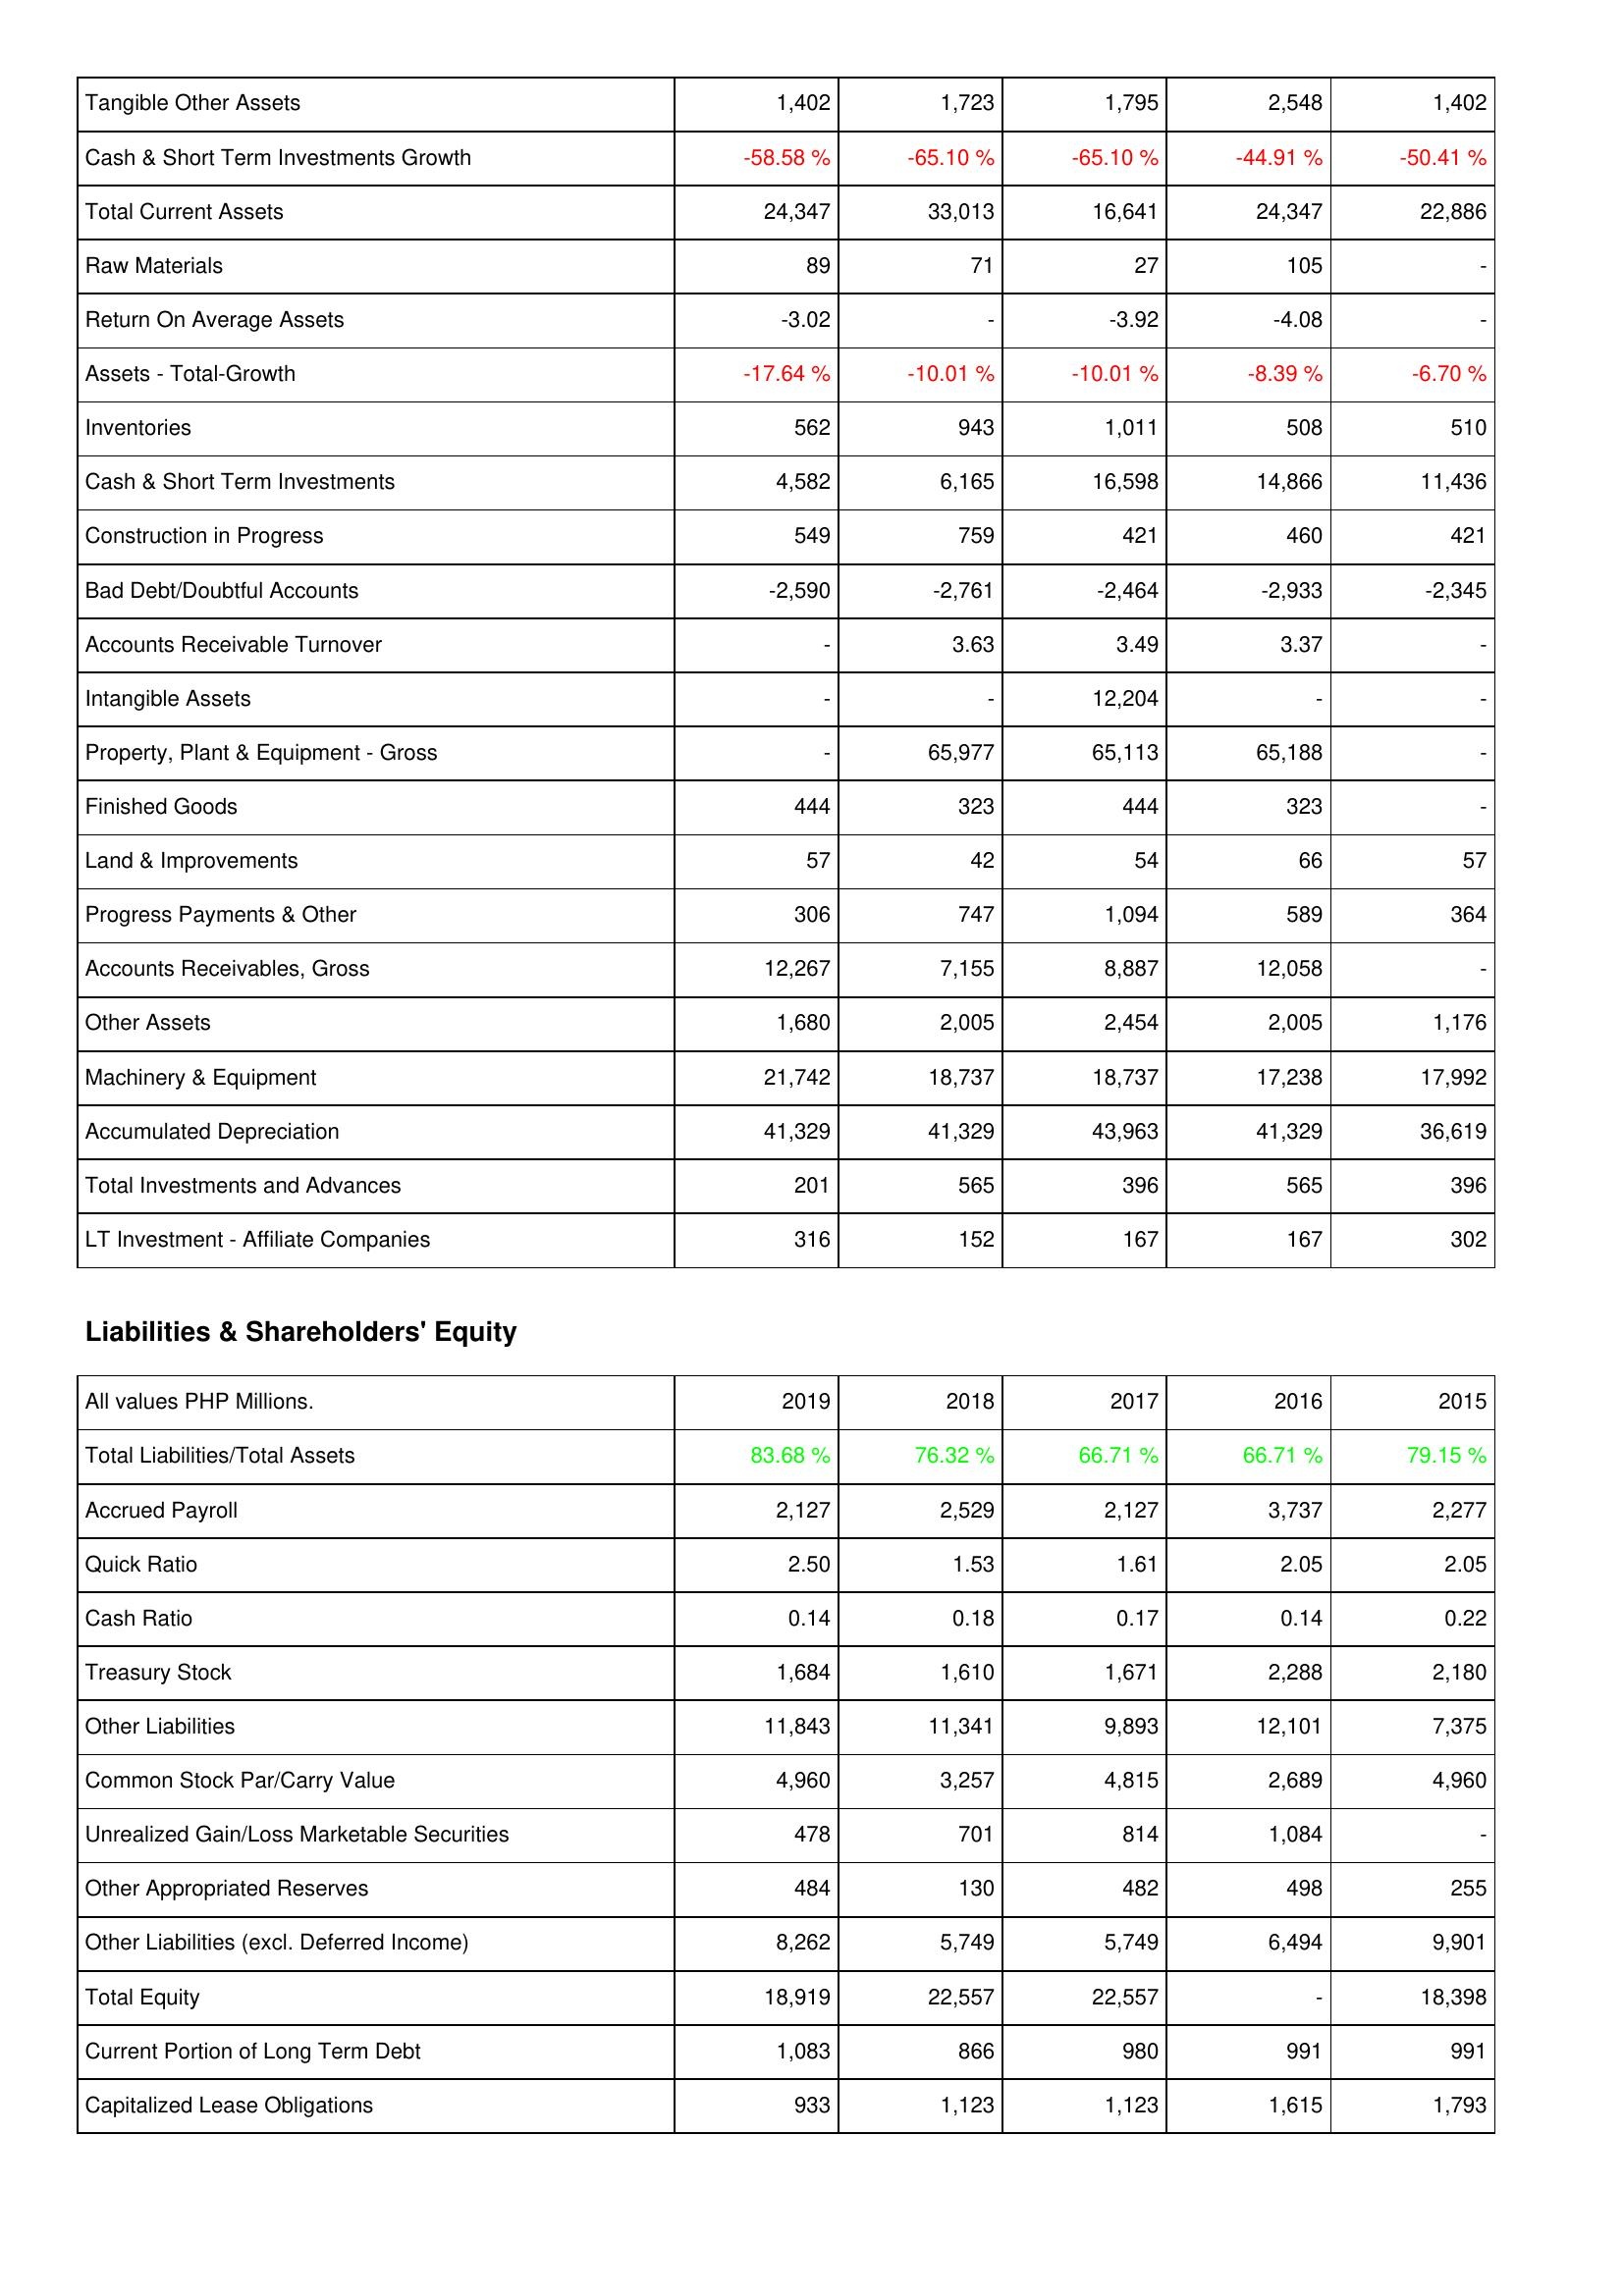
2019: Assets: Tangible Other Assets: 1,402
Cash & Short Term Investments Growth: -58.58 %
Total Current Assets: 24,347
Raw Materials: 89
Return On Average Assets: -3.02
Assets - Total-Growth: -17.64 %
Inventories: 562
Cash & Short Term Investments: 4,582
Construction in Progress: 549
Bad Debt/Doubtful Accounts: -2,590
Accounts Receivable Turnover: -
Intangible Assets: -
Property, Plant & Equipment - Gross: -
Finished Goods: 444
Land & Improvements: 57
Progress Payments & Other: 306
Accounts Receivables, Gross: 12,267
Other Assets: 1,680
Machinery & Equipment: 21,742
Accumulated Depreciation: 41,329
Total Investments and Advances: 201
LT Investment - Affiliate Companies: 316
Liabilities & Shareholders' Equity: Total Liabilities/Total Assets: 83.68 %
Accrued Payroll: 2,127
Quick Ratio: 2.50
Cash Ratio: 0.14
Treasury Stock: 1,684
Other Liabilities: 11,843
Common Stock Par/Carry Value: 4,960
Unrealized Gain/Loss Marketable Securities: 478
Other Appropriated Reserves: 484
Other Liabilities (excl. Deferred Income): 8,262
Total Equity: 18,919
Current Portion of Long Term Debt: 1,083
Capitalized Lease Obligations: 933
2018: Assets: Tangible Other Assets: 1,723
Cash & Short Term Investments Growth: -65.10 %
Total Current Assets: 33,013
Raw Materials: 71
Return On Average Assets: -
Assets - Total-Growth: -10.01 %
Inventories: 943
Cash & Short Term Investments: 6,165
Construction in Progress: 759
Bad Debt/Doubtful Accounts: -2,761
Accounts Receivable Turnover: 3.63
Intangible Assets: -
Property, Plant & Equipment - Gross: 65,977
Finished Goods: 323
Land & Improvements: 42
Progress Payments & Other: 747
Accounts Receivables, Gross: 7,155
Other Assets: 2,005
Machinery & Equipment: 18,737
Accumulated Depreciation: 41,329
Total Investments and Advances: 565
LT Investment - Affiliate Companies: 152
Liabilities & Shareholders' Equity: Total Liabilities/Total Assets: 76.32 %
Accrued Payroll: 2,529
Quick Ratio: 1.53
Cash Ratio: 0.18
Treasury Stock: 1,610
Other Liabilities: 11,341
Common Stock Par/Carry Value: 3,257
Unrealized Gain/Loss Marketable Securities: 701
Other Appropriated Reserves: 130
Other Liabilities (excl. Deferred Income): 5,749
Total Equity: 22,557
Current Portion of Long Term Debt: 866
Capitalized Lease Obligations: 1,123
2017: Assets: Tangible Other Assets: 1,795
Cash & Short Term Investments Growth: -65.10 %
Total Current Assets: 16,641
Raw Materials: 27
Return On Average Assets: -3.92
Assets - Total-Growth: -10.01 %
Inventories: 1,011
Cash & Short Term Investments: 16,598
Construction in Progress: 421
Bad Debt/Doubtful Accounts: -2,464
Accounts Receivable Turnover: 3.49
Intangible Assets: 12,204
Property, Plant & Equipment - Gross: 65,113
Finished Goods: 444
Land & Improvements: 54
Progress Payments & Other: 1,094
Accounts Receivables, Gross: 8,887
Other Assets: 2,454
Machinery & Equipment: 18,737
Accumulated Depreciation: 43,963
Total Investments and Advances: 396
LT Investment - Affiliate Companies: 167
Liabilities & Shareholders' Equity: Total Liabilities/Total Assets: 66.71 %
Accrued Payroll: 2,127
Quick Ratio: 1.61
Cash Ratio: 0.17
Treasury Stock: 1,671
Other Liabilities: 9,893
Common Stock Par/Carry Value: 4,815
Unrealized Gain/Loss Marketable Securities: 814
Other Appropriated Reserves: 482
Other Liabilities (excl. Deferred Income): 5,749
Total Equity: 22,557
Current Portion of Long Term Debt: 980
Capitalized Lease Obligations: 1,123
2016: Assets: Tangible Other Assets: 2,548
Cash & Short Term Investments Growth: -44.91 %
Total Current Assets: 24,347
Raw Materials: 105
Return On Average Assets: -4.08
Assets - Total-Growth: -8.39 %
Inventories: 508
Cash & Short Term Investments: 14,866
Construction in Progress: 460
Bad Debt/Doubtful Accounts: -2,933
Accounts Receivable Turnover: 3.37
Intangible Assets: -
Property, Plant & Equipment - Gross: 65,188
Finished Goods: 323
Land & Improvements: 66
Progress Payments & Other: 589
Accounts Receivables, Gross: 12,058
Other Assets: 2,005
Machinery & Equipment: 17,238
Accumulated Depreciation: 41,329
Total Investments and Advances: 565
LT Investment - Affiliate Companies: 167
Liabilities & Shareholders' Equity: Total Liabilities/Total Assets: 66.71 %
Accrued Payroll: 3,737
Quick Ratio: 2.05
Cash Ratio: 0.14
Treasury Stock: 2,288
Other Liabilities: 12,101
Common Stock Par/Carry Value: 2,689
Unrealized Gain/Loss Marketable Securities: 1,084
Other Appropriated Reserves: 498
Other Liabilities (excl. Deferred Income): 6,494
Total Equity: -
Current Portion of Long Term Debt: 991
Capitalized Lease Obligations: 1,615
2015: Assets: Tangible Other Assets: 1,402
Cash & Short Term Investments Growth: -50.41 %
Total Current Assets: 22,886
Raw Materials: -
Return On Average Assets: -
Assets - Total-Growth: -6.70 %
Inventories: 510
Cash & Short Term Investments: 11,436
Construction in Progress: 421
Bad Debt/Doubtful Accounts: -2,345
Accounts Receivable Turnover: -
Intangible Assets: -
Property, Plant & Equipment - Gross: -
Finished Goods: -
Land & Improvements: 57
Progress Payments & Other: 364
Accounts Receivables, Gross: -
Other Assets: 1,176
Machinery & Equipment: 17,992
Accumulated Depreciation: 36,619
Total Investments and Advances: 396
LT Investment - Affiliate Companies: 302
Liabilities & Shareholders' Equity: Total Liabilities/Total Assets: 79.15 %
Accrued Payroll: 2,277
Quick Ratio: 2.05
Cash Ratio: 0.22
Treasury Stock: 2,180
Other Liabilities: 7,375
Common Stock Par/Carry Value: 4,960
Unrealized Gain/Loss Marketable Securities: -
Other Appropriated Reserves: 255
Other Liabilities (excl. Deferred Income): 9,901
Total Equity: 18,398
Current Portion of Long Term Debt: 991
Capitalized Lease Obligations: 1,793